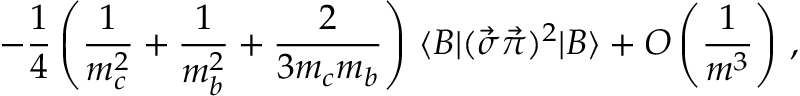
- \frac { 1 } { 4 } \left( \frac { 1 } { m _ { c } ^ { 2 } } + \frac { 1 } { m _ { b } ^ { 2 } } + \frac { 2 } { 3 m _ { c } m _ { b } } \right) \, \langle B | ( \vec { \sigma } \vec { \pi } ) ^ { 2 } | B \rangle + { \cal O } \left( \frac { 1 } { m ^ { 3 } } \right) \, ,